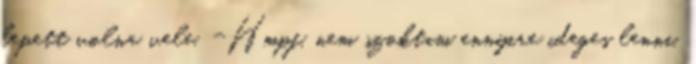
lepett volna vele. -Hmpf, nem szoktam ennyire ideges lenni.